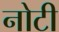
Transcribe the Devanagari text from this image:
नोटी